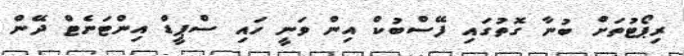
ރިޕޯޓުތަށް ބުނާ ގޮތުގައި ފޭސްބުކް އިން ވަނީ ހައި ސްޕީޑް އިންޓަނެޓް ދޭން